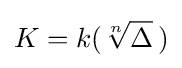
K=k({\sqrt[{n}]{\Delta }}\,)